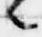
々